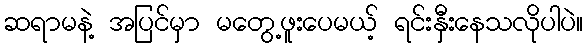
ဆရာမနဲ့ အပြင်မှာ မတွေ့ဖူးပေမယ့် ရင်းနှီးနေသလိုပါပဲ။